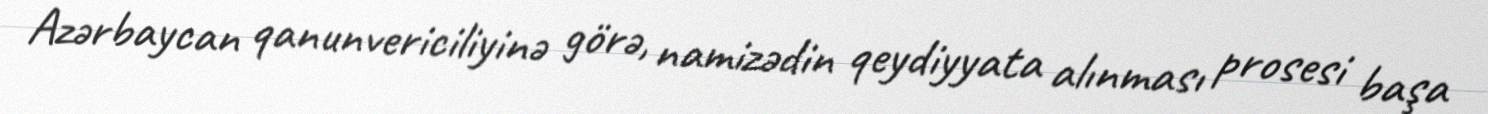
Azərbaycan qanunvericiliyinə görə, namizədin qeydiyyata alınması prosesi başa